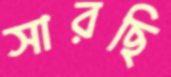
সারছি